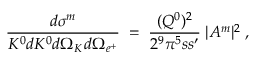
\frac { d \sigma ^ { m } } { K ^ { 0 } d K ^ { 0 } d \Omega _ { K } d \Omega _ { e ^ { + } } } \; = \; \frac { ( Q ^ { 0 } ) ^ { 2 } } { 2 ^ { 9 } \pi ^ { 5 } s s ^ { \prime } } \; | A ^ { m } | ^ { 2 } \; ,